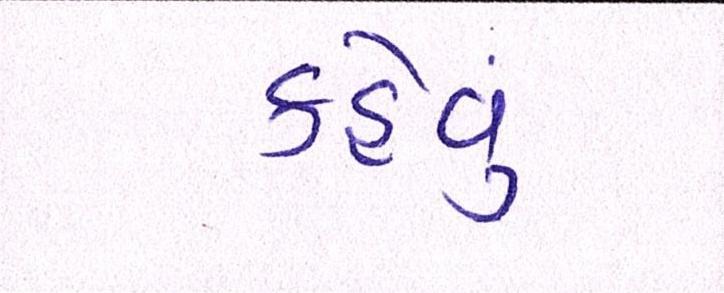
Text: કહેવુ